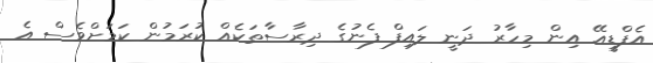
އެފްޑީއޭ އިން މިހާރު ދަނީ ލައިފް ފެނުގެ ދިރާސާތަކެއް ކުރަމުން ކަަމަށްވެސް އެ